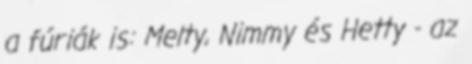
a fúriák is: Melty, Nimmy és Hetty - az